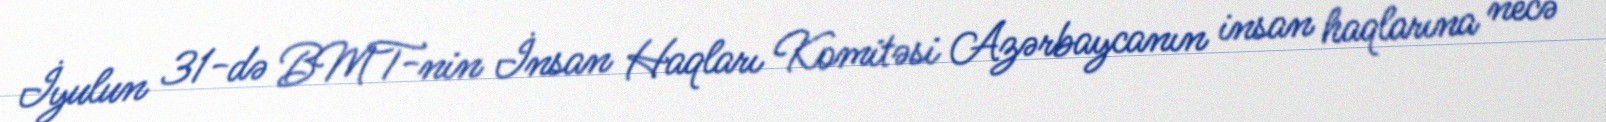
İyulun 31-də BMT-nin İnsan Haqları Komitəsi Azərbaycanın insan haqlarına necə